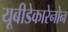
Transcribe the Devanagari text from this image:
यूबीडेकारेनोन